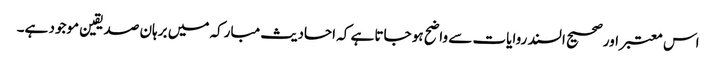
اس معتبر اور صحیح السند روایات سے واضح ہو جاتا ہے کہ احادیث مبارکہ میں برہان صدیقین موجود ہے۔